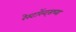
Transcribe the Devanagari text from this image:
रेस्टॉरन्ट्सच्या